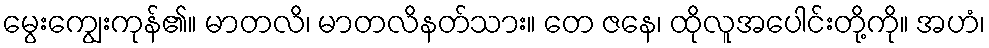
မွေးကျွေးကုန်၏။ မာတလိ၊ မာတလိနတ်သား။ တေ ဇနေ၊ ထိုလူအပေါင်းတို့ကို။ အဟံ၊